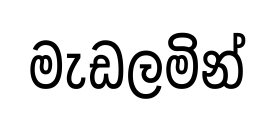
මැඩලමින්